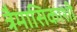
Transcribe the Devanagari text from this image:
त्रैमासिकाशी